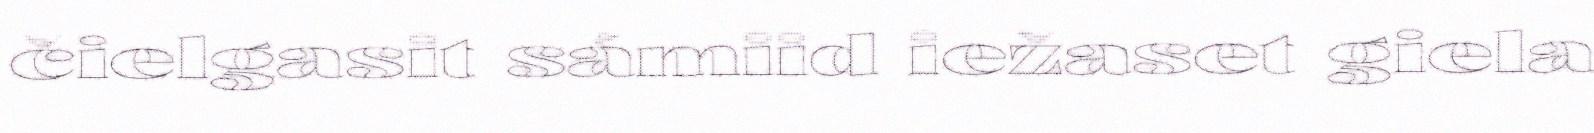
čielgasit sámiid iežaset giela